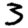
Digit: 3